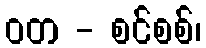
ဝတ - စင်စစ်၊